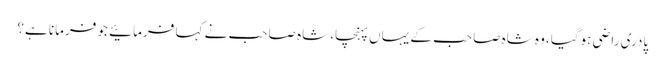
پادری راضی ہوگیا، وہ شاہ صاحب کے یہاں پہنچا، شاہ صاحب نے کہا فرمائیے جو فرمانا ہے؟